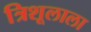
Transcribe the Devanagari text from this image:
त्रिशूलाला